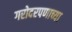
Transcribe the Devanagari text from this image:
गरोदरपणाच्या